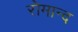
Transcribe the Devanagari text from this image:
रोमान्द